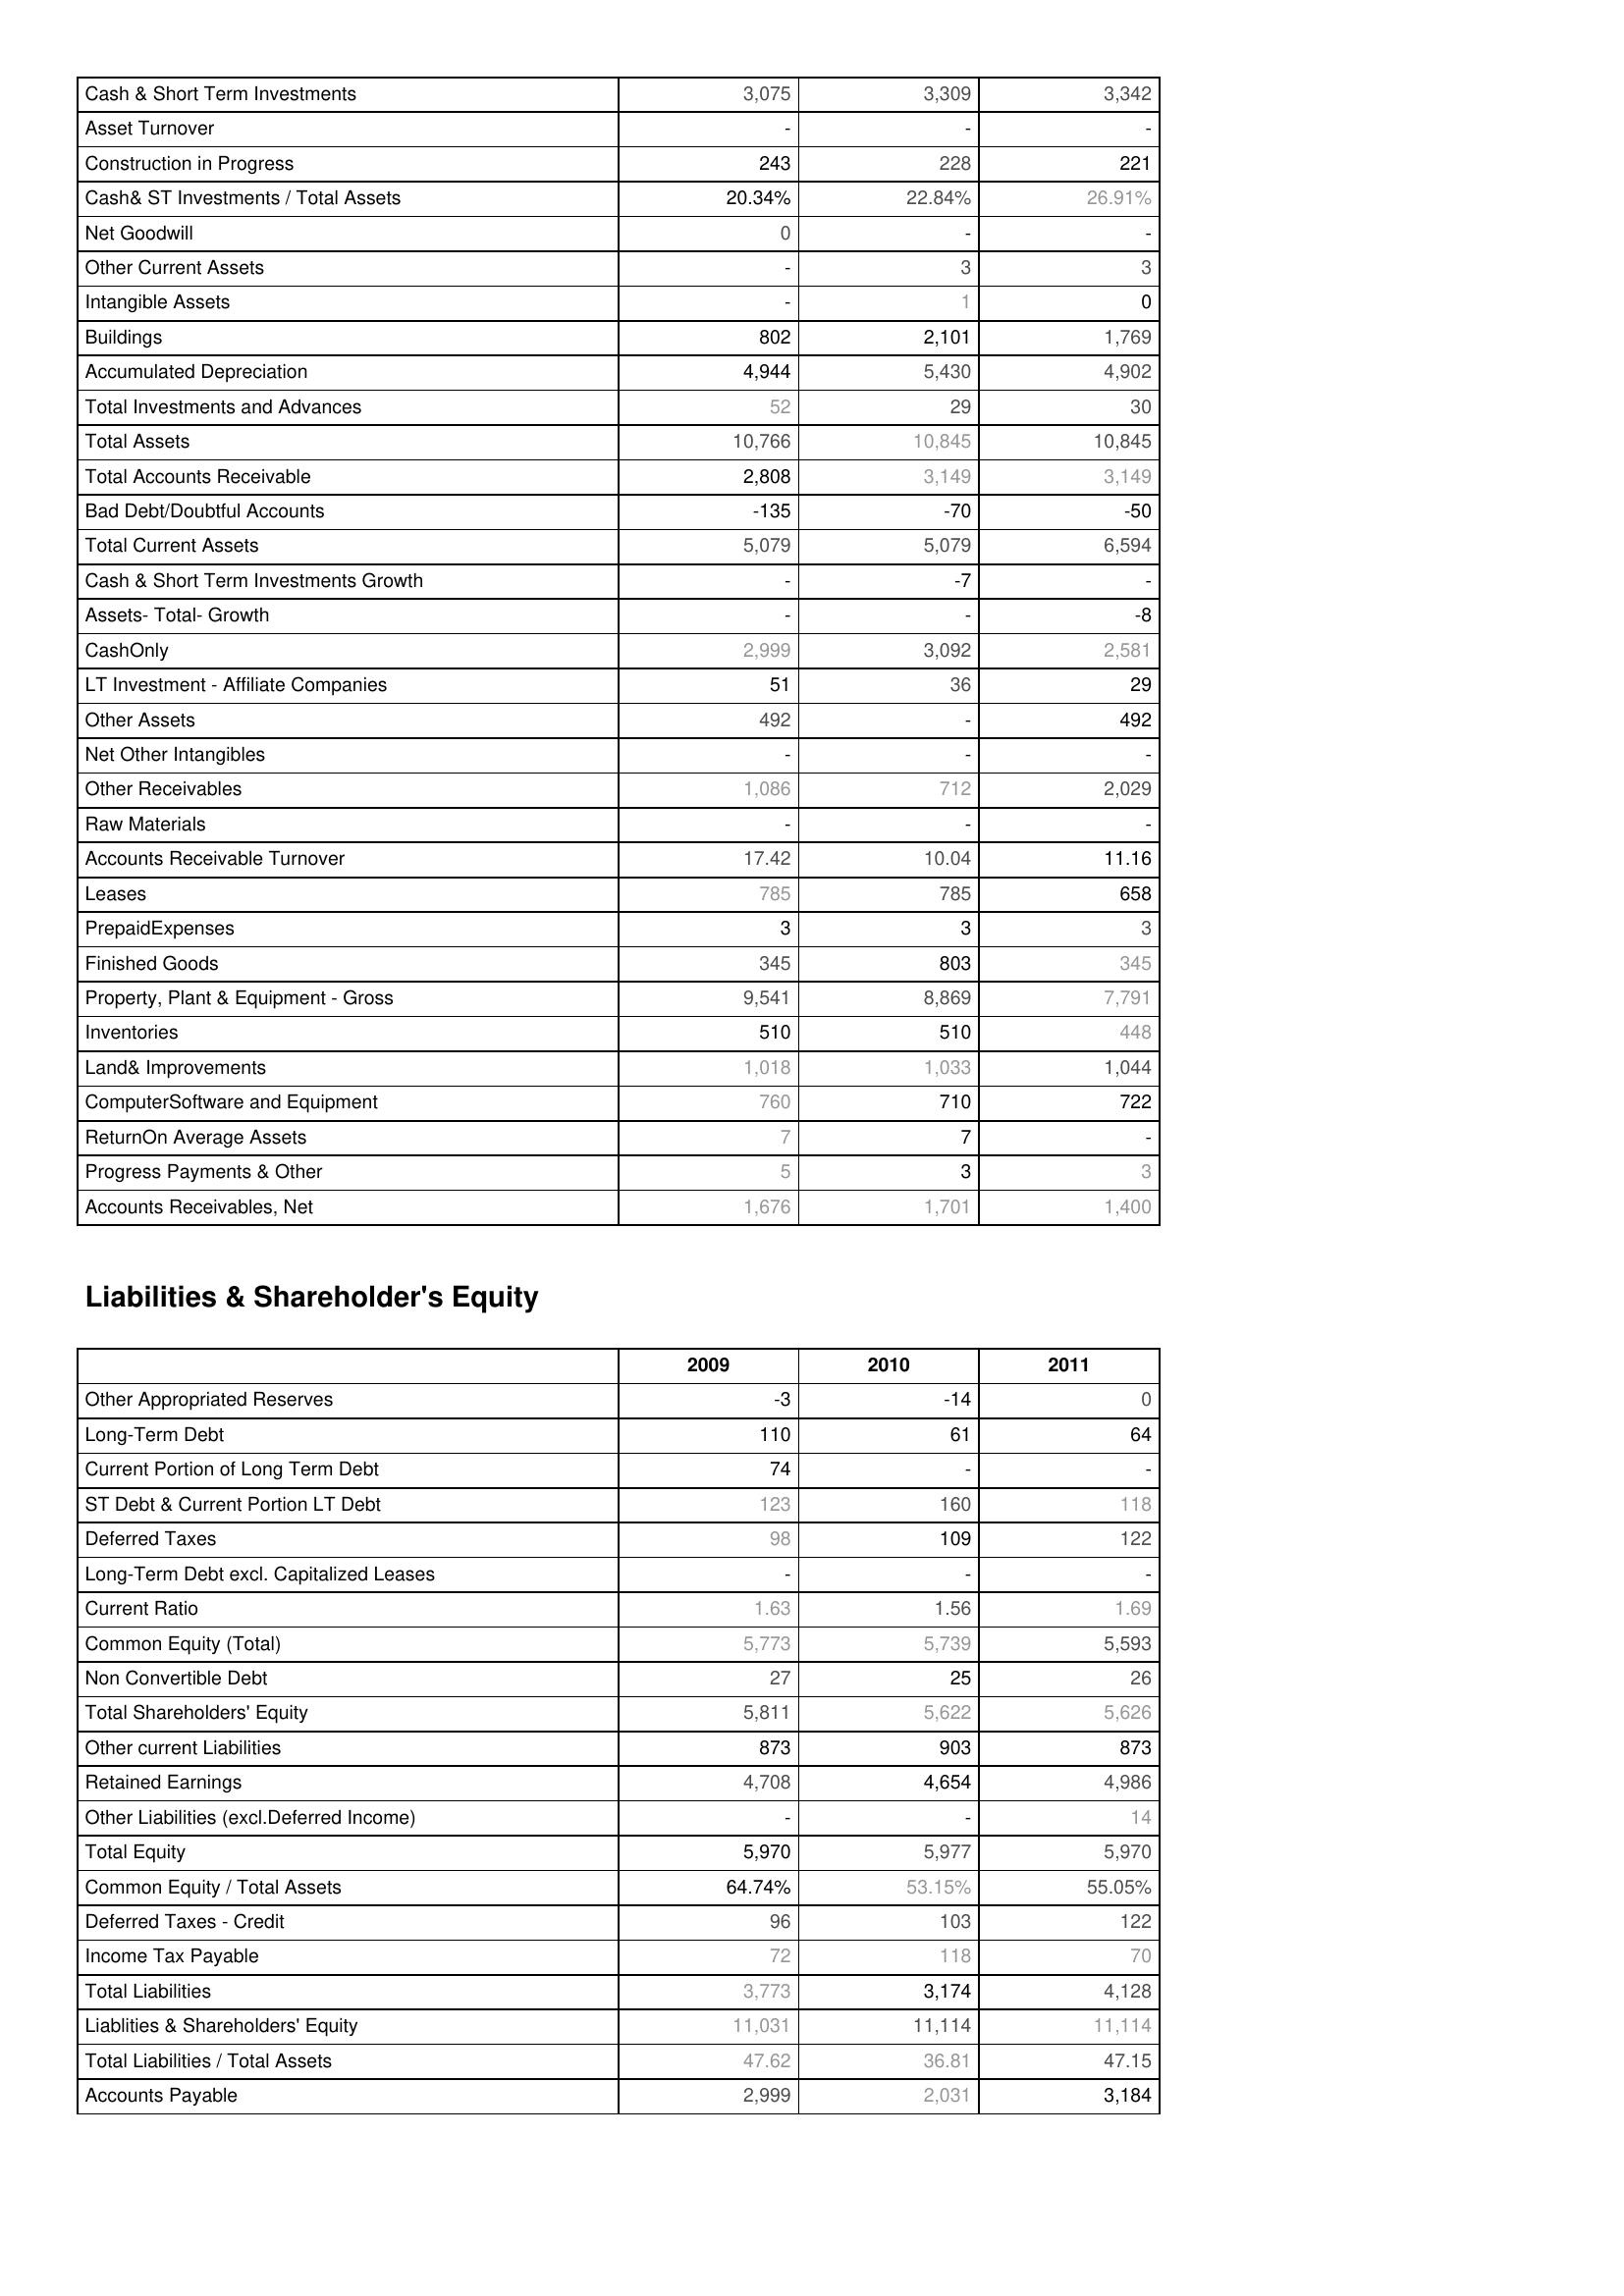
2009: Assets: Cash & Short Term Investments: 3,075
Asset Turnover: -
Construction in Progress: 243
Cash& ST Investments / Total Assets: 20.34%
Net Goodwill: 0
Other Current Assets: -
Intangible Assets: -
Buildings: 802
Accumulated Depreciation: 4,944
Total Investments and Advances: 52
Total Assets: 10,766
Total Accounts Receivable: 2,808
Bad Debt/Doubtful Accounts: -135
Total Current Assets: 5,079
Cash & Short Term Investments Growth: -
Assets- Total- Growth: -
CashOnly: 2,999
LT Investment - Affiliate Companies: 51
Other Assets: 492
Net Other Intangibles: -
Other Receivables: 1,086
Raw Materials: -
Accounts Receivable Turnover: 17.42
Leases: 785
PrepaidExpenses: 3
Finished Goods: 345
Property, Plant & Equipment - Gross : 9,541
Inventories: 510
Land& Improvements: 1,018
ComputerSoftware and Equipment: 760
ReturnOn Average Assets: 7
Progress Payments & Other: 5
Accounts Receivables, Net: 1,676
Liabilities & Shareholder's Equity: Other Appropriated Reserves: -3
Long-Term Debt: 110
Current Portion of Long Term Debt: 74
ST Debt & Current Portion LT Debt: 123
Deferred Taxes: 98
Long-Term Debt excl. Capitalized Leases: -
Current Ratio: 1.63
Common Equity (Total): 5,773
Non Convertible Debt: 27
Total Shareholders' Equity: 5,811
Other current Liabilities: 873
Retained Earnings: 4,708
Other Liabilities (excl.Deferred Income): -
Total Equity: 5,970
Common Equity / Total Assets: 64.74%
Deferred Taxes - Credit: 96
Income Tax Payable: 72
Total Liabilities: 3,773
Liablities & Shareholders' Equity: 11,031
Total Liabilities / Total Assets: 47.62
Accounts Payable: 2,999
2010: Assets: Cash & Short Term Investments: 3,309
Asset Turnover: -
Construction in Progress: 228
Cash& ST Investments / Total Assets: 22.84%
Net Goodwill: -
Other Current Assets: 3
Intangible Assets: 1
Buildings: 2,101
Accumulated Depreciation: 5,430
Total Investments and Advances: 29
Total Assets: 10,845
Total Accounts Receivable: 3,149
Bad Debt/Doubtful Accounts: -70
Total Current Assets: 5,079
Cash & Short Term Investments Growth: -7
Assets- Total- Growth: -
CashOnly: 3,092
LT Investment - Affiliate Companies: 36
Other Assets: -
Net Other Intangibles: -
Other Receivables: 712
Raw Materials: -
Accounts Receivable Turnover: 10.04
Leases: 785
PrepaidExpenses: 3
Finished Goods: 803
Property, Plant & Equipment - Gross : 8,869
Inventories: 510
Land& Improvements: 1,033
ComputerSoftware and Equipment: 710
ReturnOn Average Assets: 7
Progress Payments & Other: 3
Accounts Receivables, Net: 1,701
Liabilities & Shareholder's Equity: Other Appropriated Reserves: -14
Long-Term Debt: 61
Current Portion of Long Term Debt: -
ST Debt & Current Portion LT Debt: 160
Deferred Taxes: 109
Long-Term Debt excl. Capitalized Leases: -
Current Ratio: 1.56
Common Equity (Total): 5,739
Non Convertible Debt: 25
Total Shareholders' Equity: 5,622
Other current Liabilities: 903
Retained Earnings: 4,654
Other Liabilities (excl.Deferred Income): -
Total Equity: 5,977
Common Equity / Total Assets: 53.15%
Deferred Taxes - Credit: 103
Income Tax Payable: 118
Total Liabilities: 3,174
Liablities & Shareholders' Equity: 11,114
Total Liabilities / Total Assets: 36.81
Accounts Payable: 2,031
2011: Assets: Cash & Short Term Investments: 3,342
Asset Turnover: -
Construction in Progress: 221
Cash& ST Investments / Total Assets: 26.91%
Net Goodwill: -
Other Current Assets: 3
Intangible Assets: 0
Buildings: 1,769
Accumulated Depreciation: 4,902
Total Investments and Advances: 30
Total Assets: 10,845
Total Accounts Receivable: 3,149
Bad Debt/Doubtful Accounts: -50
Total Current Assets: 6,594
Cash & Short Term Investments Growth: -
Assets- Total- Growth: -8
CashOnly: 2,581
LT Investment - Affiliate Companies: 29
Other Assets: 492
Net Other Intangibles: -
Other Receivables: 2,029
Raw Materials: -
Accounts Receivable Turnover: 11.16
Leases: 658
PrepaidExpenses: 3
Finished Goods: 345
Property, Plant & Equipment - Gross : 7,791
Inventories: 448
Land& Improvements: 1,044
ComputerSoftware and Equipment: 722
ReturnOn Average Assets: -
Progress Payments & Other: 3
Accounts Receivables, Net: 1,400
Liabilities & Shareholder's Equity: Other Appropriated Reserves: 0
Long-Term Debt: 64
Current Portion of Long Term Debt: -
ST Debt & Current Portion LT Debt: 118
Deferred Taxes: 122
Long-Term Debt excl. Capitalized Leases: -
Current Ratio: 1.69
Common Equity (Total): 5,593
Non Convertible Debt: 26
Total Shareholders' Equity: 5,626
Other current Liabilities: 873
Retained Earnings: 4,986
Other Liabilities (excl.Deferred Income): 14
Total Equity: 5,970
Common Equity / Total Assets: 55.05%
Deferred Taxes - Credit: 122
Income Tax Payable: 70
Total Liabilities: 4,128
Liablities & Shareholders' Equity: 11,114
Total Liabilities / Total Assets: 47.15
Accounts Payable: 3,184